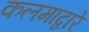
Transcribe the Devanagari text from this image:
कलमाद्वारे